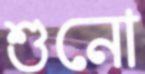
শুনো